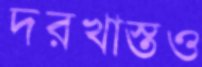
দরখাস্তও